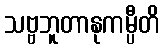
သဗ္ဗဘူတာနုကမ္ပီတိ